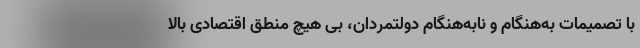
با تصمیمات به‌هنگام و نابه‌هنگام دولتمردان، بی هیچ منطق اقتصادی بالا